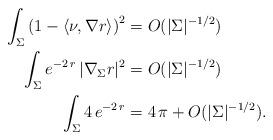
LaTeX: \begin{align*} \int_\Sigma \left( 1 - \langle \nu, \nabla r\rangle \right)^2 &= O ( |\Sigma|^{-1/2} ) \\\int_\Sigma e^{- 2 \, r} \, |\nabla_\Sigma r|^2 &= O ( |\Sigma|^{-1/2} ) \\\int_\Sigma 4 \, e^{- 2 \, r} &= 4 \, \pi + O (|\Sigma|^{-1/2}). \end{align*}